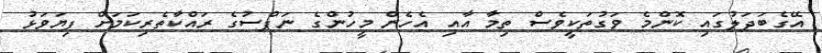
އޭގެބަދަލުގައި ކޮންމެ ވަގުތަކީވެސް ތިމާ އާއި އެހެން މީހުންގެ ނަފްސުގެ ރައްކާތެރިކަމަށް ފިޔަވަޅު